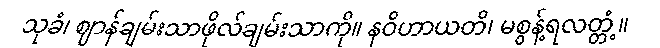
သုခံ၊ ဈာန်ချမ်းသာဖိုလ်ချမ်းသာကို။ နဝိဟာယတိ၊ မစွန့်ရလတ္တံ့။